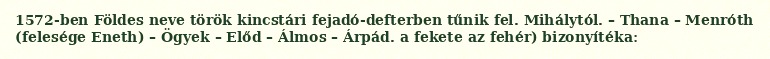
1572-ben Földes neve török kincstári fejadó-defterben tűnik fel. Mihálytól. – Thana – Menróth (felesége Eneth) – Ögyek – Előd – Álmos – Árpád. a fekete az fehér) bizonyítéka: